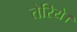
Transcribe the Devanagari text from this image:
तेरिये।